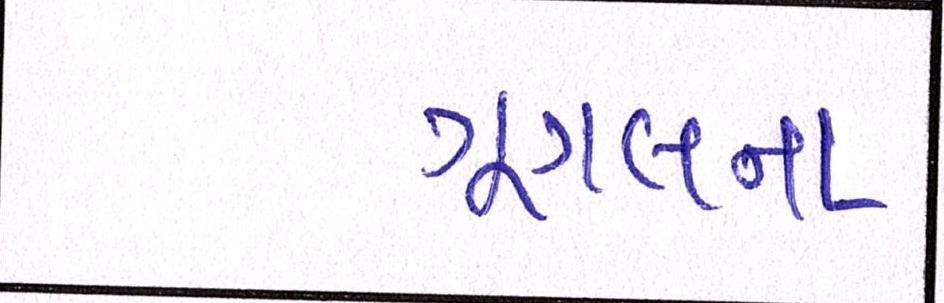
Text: ગૂગલના